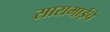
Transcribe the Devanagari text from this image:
साराभाईचे